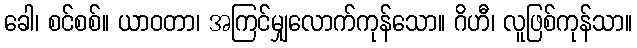
ခေါ၊ စင်စစ်။ ယာဝတာ၊ အကြင်မျှလောက်ကုန်သော။ ဂိဟီ၊ လူဖြစ်ကုန်သာ။